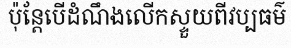
ប៉ុន្តែបើដំណឹងលើកស្ទួយពីវប្បធម៌